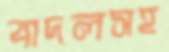
বাদলসহ